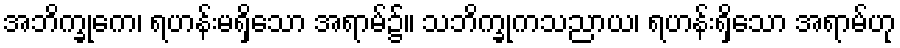
အဘိက္ခုကေ၊ ရဟန်းမရှိသော အရာမ်၌။ သဘိက္ခုကသညာယ၊ ရဟန်းရှိသော အရာမ်ဟု